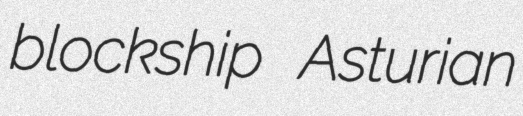
blockship Asturian